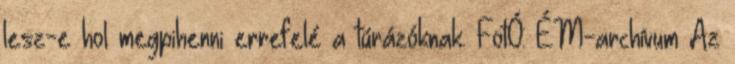
lesz-e hol megpihenni errefelé a túrázóknak. FotÓ: ÉM-archívum Az